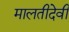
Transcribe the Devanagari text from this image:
मालतीदेवी